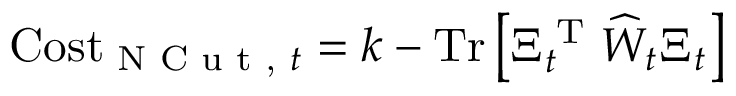
\mathrm { C o s t } _ { \textrm { N C u t , } t } = k - \mathrm { T r } \left[ \Xi _ { t } ^ { \textrm { T } } \widehat { W } _ { t } \Xi _ { t } \right]